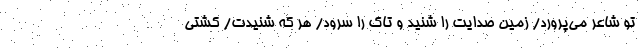
تو شاعر می‌پرورد/ زمین صدایت را شنید و تاک را سرود/ هر که شنیدت/ کشتی